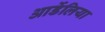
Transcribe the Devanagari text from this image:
आर्डेलिया